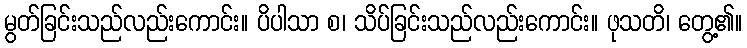
မွတ်ခြင်းသည်လည်းကောင်း။ ပိပါသာ စ၊ သိပ်ခြင်းသည်လည်းကောင်း။ ဖုသတိ၊ တွေ့၏။